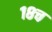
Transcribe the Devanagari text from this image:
१८च